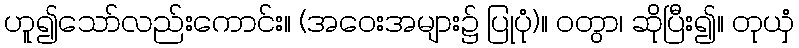
ဟူ၍သော်လည်းကောင်း။ (အဝေးအများ၌ ပြုပုံ)။ ဝတွာ၊ ဆိုပြီး၍။ တုယှံ